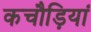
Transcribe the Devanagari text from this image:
कचौड़ियां